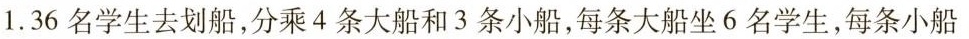
1. 36名学生去划船，分乘4条大船和3条小船，每条大船坐6名学生，每条小船